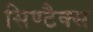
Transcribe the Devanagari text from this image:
सिण्टैक्स